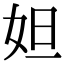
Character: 妲